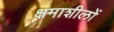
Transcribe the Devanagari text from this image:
क्षमाशीलों